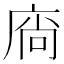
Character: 𢉒